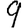
Digit: 9